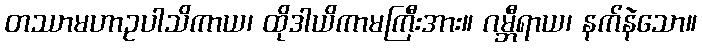
တဿာမဟာဥပါသိကာယ၊ ထိုဒါယိကာမကြီးအား။ ဂမ္ဘီရာယ၊ နက်နဲသော။